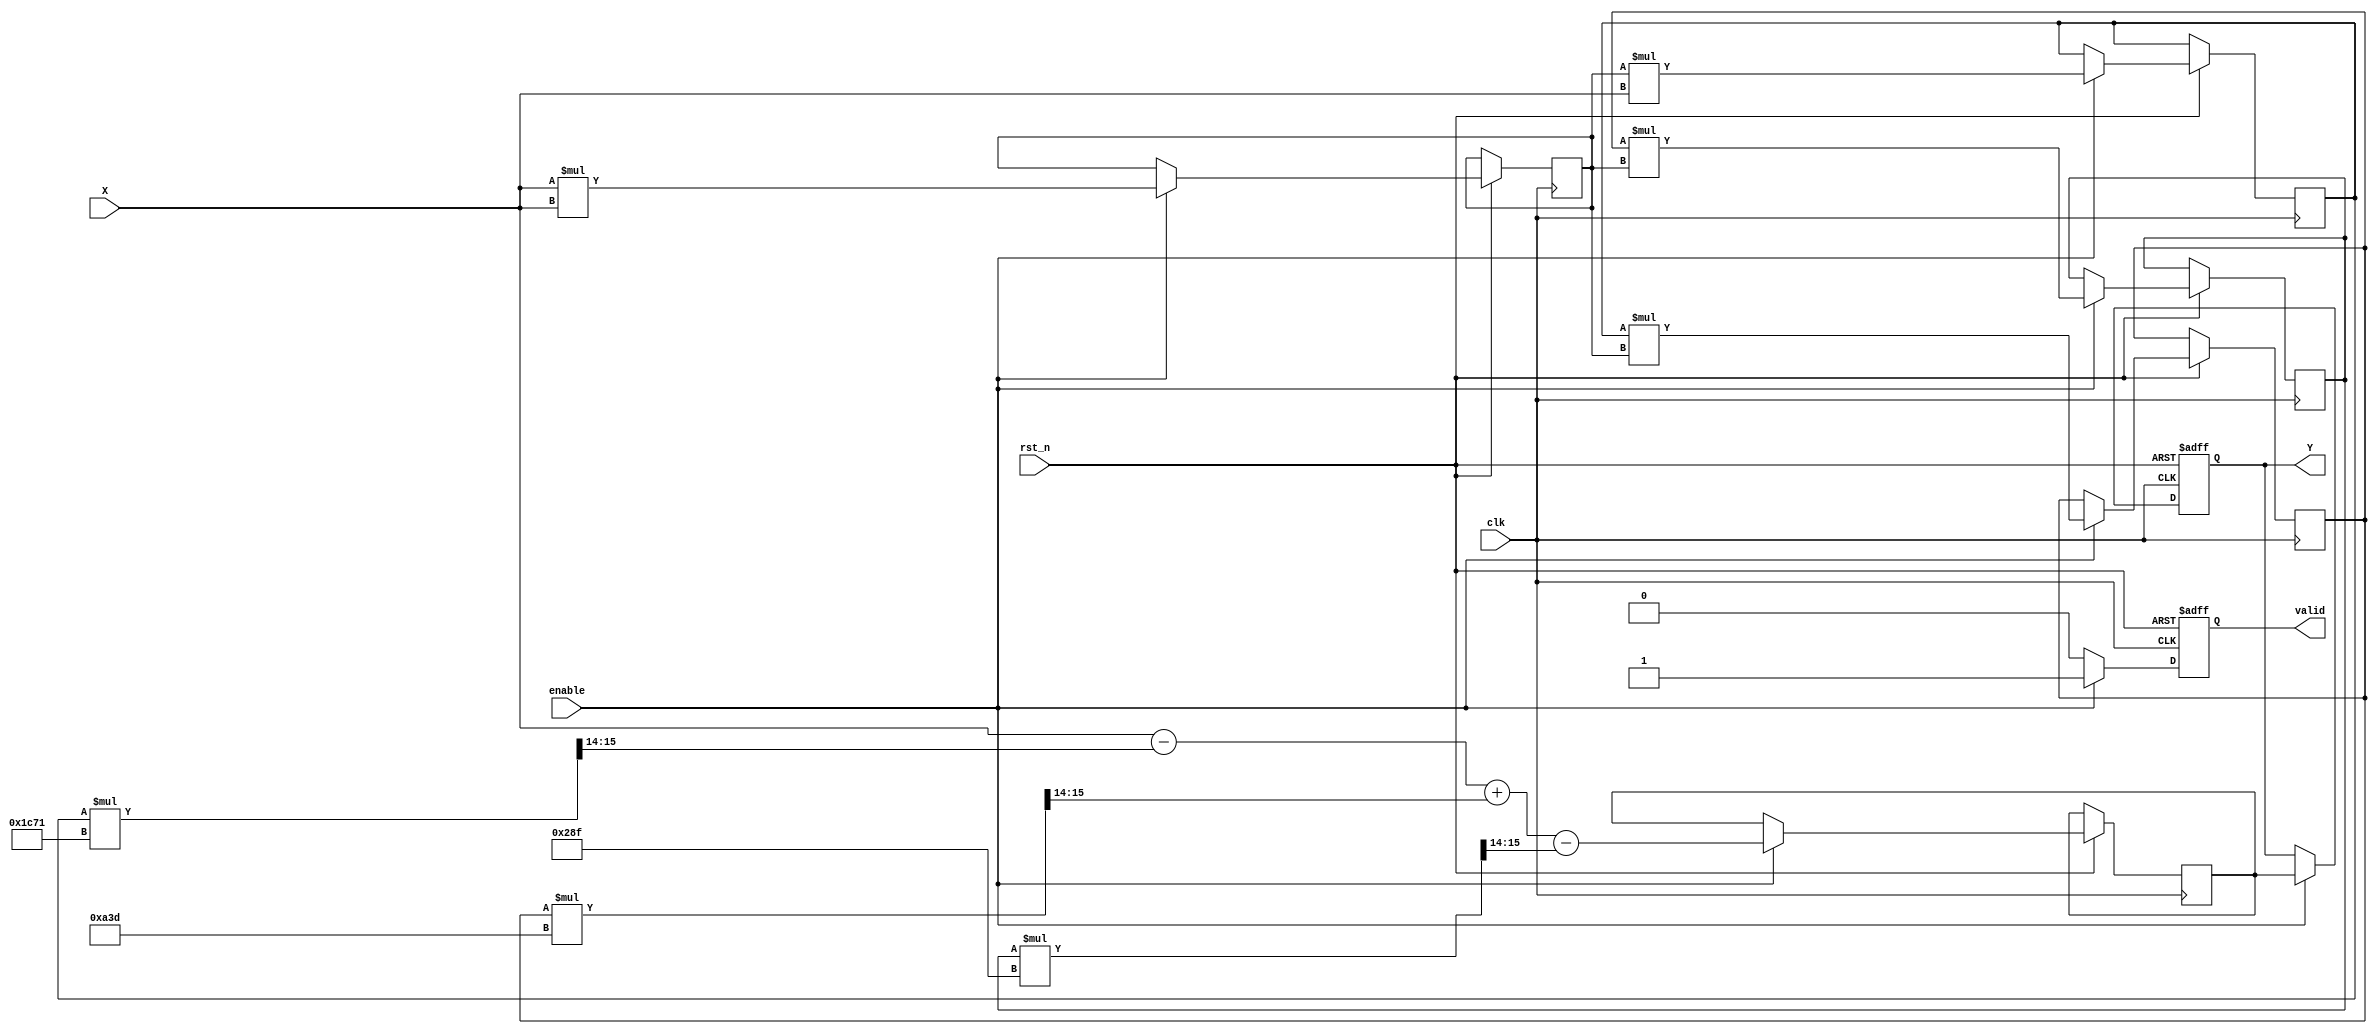
module atan_block (
    input  wire signed [15:0] X,      // Input Data (fixed-point representation)
    input  wire clk,                   // Clock signal
    input  wire rst_n,                 // Active low reset
    input  wire enable,                 // Enable signal for computation
    output reg signed [15:0] Y,        // Output Data (angle in radians)
    output reg valid                    // Output valid signal
);

    // Constants for the polynomial approximation
    parameter signed [15:0] A1 = 16'h4000; // 1.0 in fixed-point
    parameter signed [15:0] A3 = 16'h1C71; // 1/3 in fixed-point
    parameter signed [15:0] A5 = 16'h0A3D; // 1/5 in fixed-point
    parameter signed [15:0] A7 = 16'h028F; // 1/7 in fixed-point

    reg signed [15:0] x_squared;
    reg signed [15:0] x_cubed;
    reg signed [15:0] x_fifth;
    reg signed [15:0] x_seventh;
    reg signed [15:0] atan_result;

    always @(posedge clk or negedge rst_n) begin
        if (!rst_n) begin
            Y <= 16'b0;
            valid <= 1'b0;
        end else if (enable) begin
            // Compute x^2, x^3, x^5, x^7
            x_squared <= X * X;
            x_cubed <= x_squared * X;
            x_fifth <= x_cubed * x_squared;
            x_seventh <= x_fifth * x_squared;

            // Polynomial approximation: atan(x)  x - (x^3)/3 + (x^5)/5 - (x^7)/7
            atan_result <= X - (x_cubed * A3 >>> 14) + (x_fifth * A5 >>> 14) - (x_seventh * A7 >>> 14);

            // Output the result
            Y <= atan_result;
            valid <= 1'b1;
        end else begin
            valid <= 1'b0; // Invalidate output if not enabled
        end
    end

endmodule